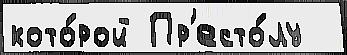
кото́рой Пр'есто́лу